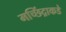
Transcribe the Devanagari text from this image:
मच्छिंद्राकडे